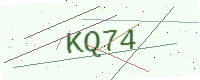
Text: KQ74